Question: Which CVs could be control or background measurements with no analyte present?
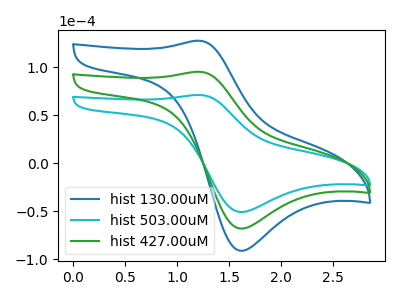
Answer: <think>The blue curve "hist 130.00uM" has an anodic peak at (1.20V, 190.45uA) and a cathodic peak at (1.60V, -136.15uA). The cyan curve "hist 503.00uM" has an anodic peak at (1.20V, 71.10uA) and a cathodic peak at (1.60V, -50.85uA). The green curve "hist 427.00uM" has an anodic peak at (1.20V, 95.25uA) and a cathodic peak at (1.60V, -68.10uA).</think>
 <answer>There are not any CV's on this graph that are likely to be blanks.</answer>
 <eval>none</eval>